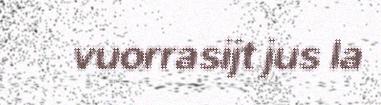
vuorrasijt jus la